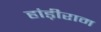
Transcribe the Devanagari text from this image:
हांड़ीराम